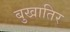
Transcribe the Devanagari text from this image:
बुखातिर